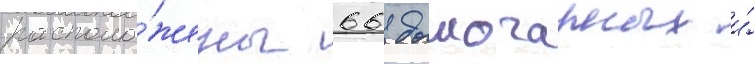
располо́жены 66 дымогарных и́